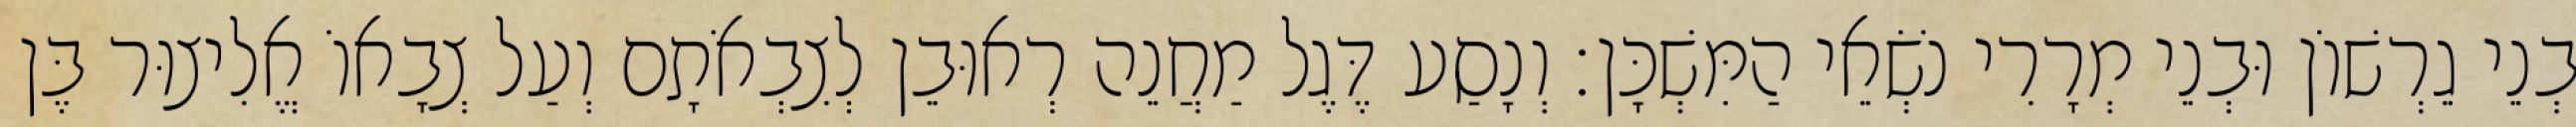
בְנֵי גֵרְשׁוֹן וּבְנֵי מְרָרִי נֹשְׂאֵי הַמִּשְׁכָּן׃ וְנָסַע דֶּגֶל מַחֲנֵה רְאוּבֵן לְצִבְאֹתָם וְעַל צְבָאוֹ אֱלִיצוּר בֶּן